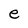
Character: e